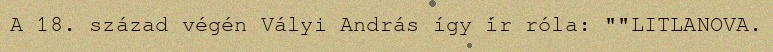
A 18. század végén Vályi András így ír róla: ""LITLANOVA.